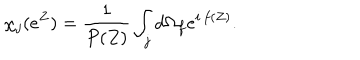
\chi _ { j } ( e ^ { Z } ) = { \frac { 1 } { P ( Z ) } } \int _ { j } d \Omega _ { f } e ^ { i \, f ( Z ) } .